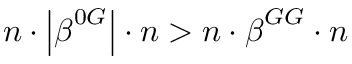
n \cdot \left| \boldsymbol { \beta } ^ { 0 G } \right| \cdot n > n \cdot \boldsymbol { \beta } ^ { G G } \cdot n